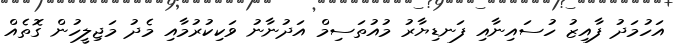
އަހުމަދު ފާއިޒު ހުސައިނާއި ފަނޑިޔާރު މުއުތަސިމް އަދުނާނު ވަކިކުރުމާއި މެދު މަޖިލީހުން ގޮތެއް